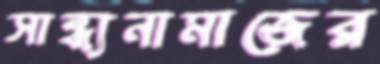
সান্ধ্যনামাজের